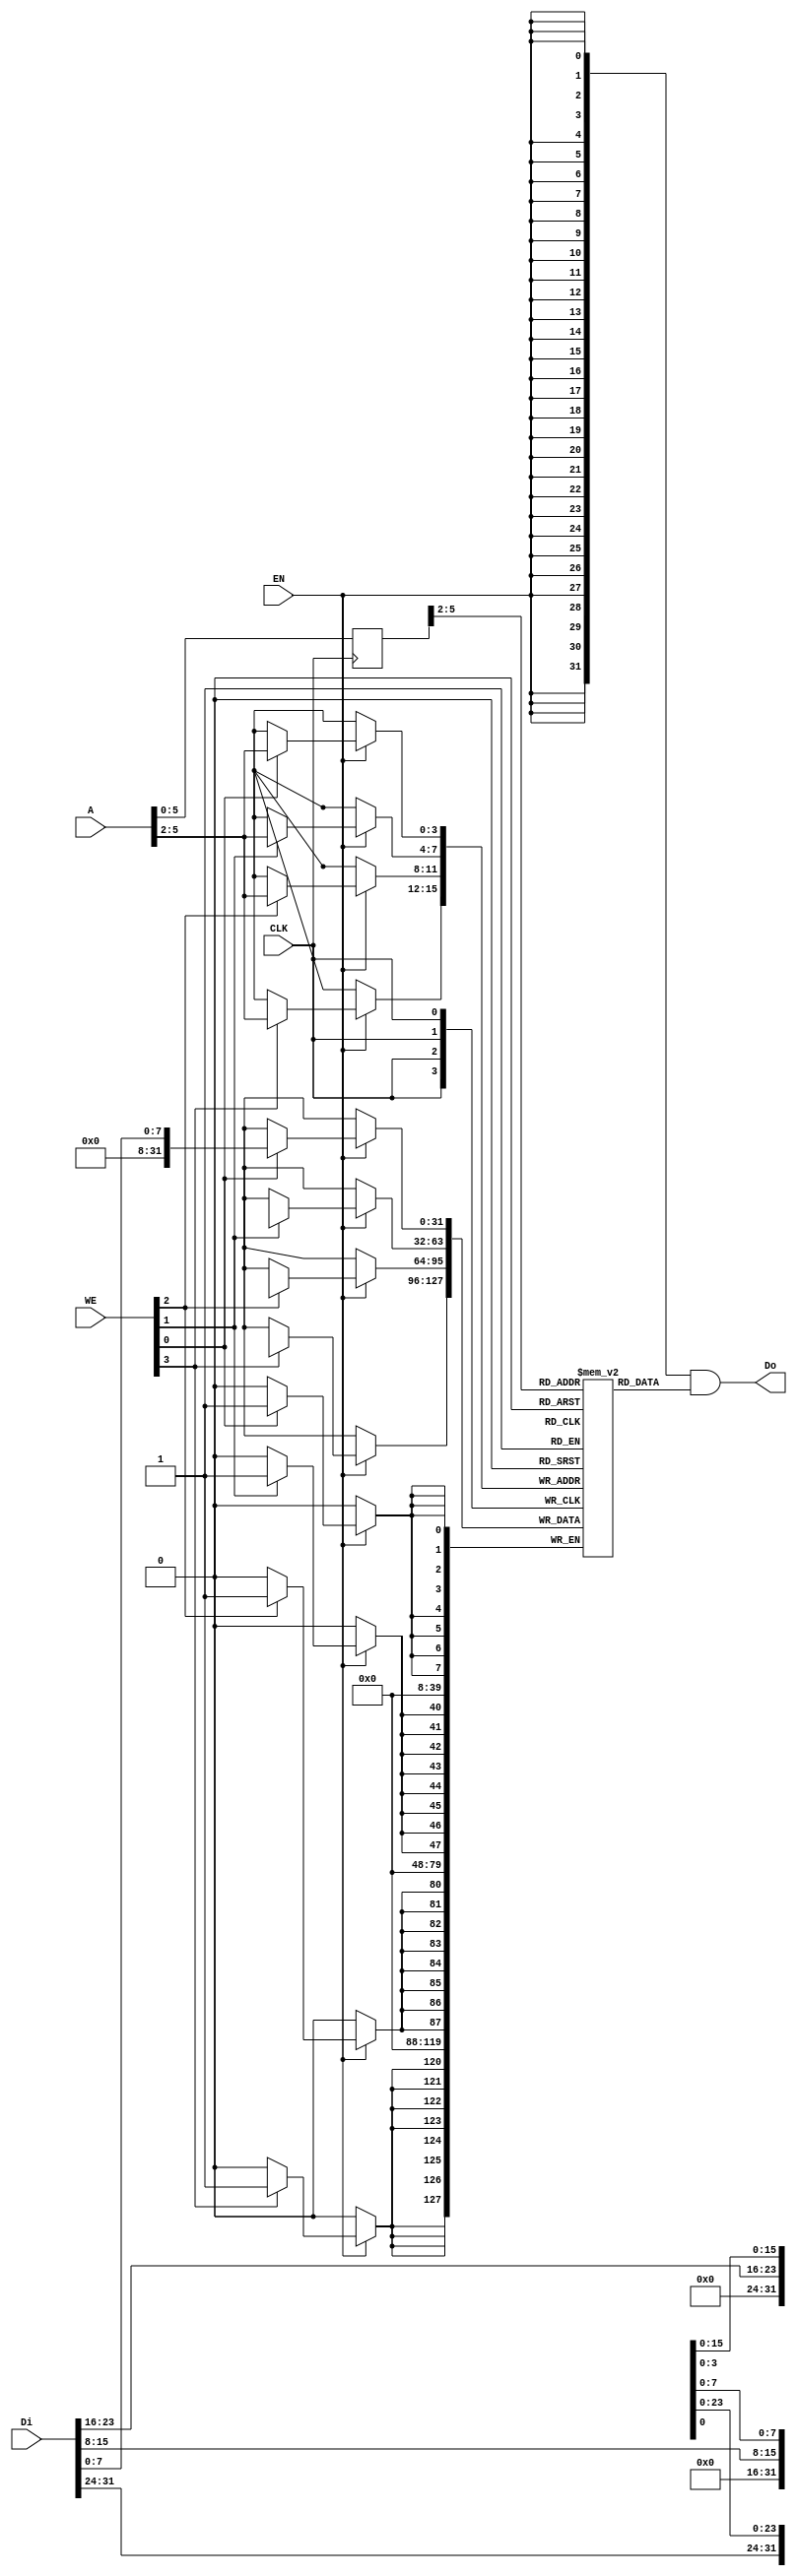
// bram behavior code (can't be synthesis)
// 11 words
`timescale 1ns / 10ps
module bram11_d 
(
    CLK,
    WE,
    EN,
    Di,
    Do,
    A
);

    input   wire            CLK;
    input   wire    [3:0]   WE;
    input   wire            EN;
    input   wire    [31:0]  Di;
    output  wire     [31:0]  Do;
    input   wire    [11:0]   A; 

    //  11 words
	reg [31:0] RAM[0:10];
    reg [11:0] r_A;
    
//    initial begin
//        for (integer i=0 ;i<12 ;i=i+1 ) begin
//            RAM[i] = 32'd0;
//        end
//    end
    
    always @(posedge CLK) begin
        r_A <= A;
    end
    
    initial begin
    RAM [0] <= 32'b0;
    RAM [1] <= 32'b0;
    RAM [2] <= 32'b0;
    RAM [3] <= 32'b0;
    RAM [4] <= 32'b0;
    RAM [5] <= 32'b0;
    RAM [6] <= 32'b0;
    RAM [7] <= 32'b0;
    RAM [8] <= 32'b0;
    RAM [9] <= 32'b0;
    RAM [10] <= 32'b0;
    end
        
    assign Do = {32{EN}} & RAM[r_A>>2];    // read

    reg [31:0] Temp_D;
    always @(posedge CLK) begin        
        if(EN) begin
            if(WE[0]) RAM[A>>2][7:0] <= Di[7:0];
            if(WE[1]) RAM[A>>2][15:8] <= Di[15:8];
            if(WE[2]) RAM[A>>2][23:16] <= Di[23:16];
            if(WE[3]) RAM[A>>2][31:24] <= Di[31:24];          
        end
    end

endmodule